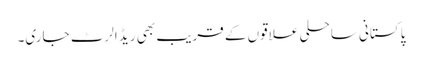
پاکستانی ساحلی علاقوں کے قریب بھی ریڈ الرٹ جاری۔